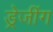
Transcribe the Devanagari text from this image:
ड्रेजींग